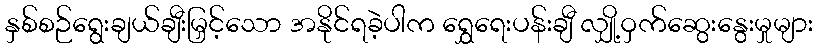
နှစ်စဉ်ရွေးချယ်ချီးမြှင့်သော အနိုင်ရခဲ့ပါက ရွှေရေးပန်းချီ လျှို့ဝှက်ဆွေးနွေးမှုများ